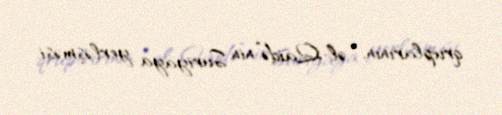
qruplarının, “əl-Qaidə”nin Suriyaya yerləşməsi.